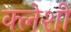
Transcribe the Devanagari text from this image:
क्लेशी